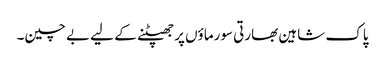
پاک شاہین بھارتی سورماؤں پر جھپٹنے کے لیے بے چین۔